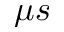
\mu s